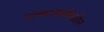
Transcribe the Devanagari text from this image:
उल्कावर्षावातील